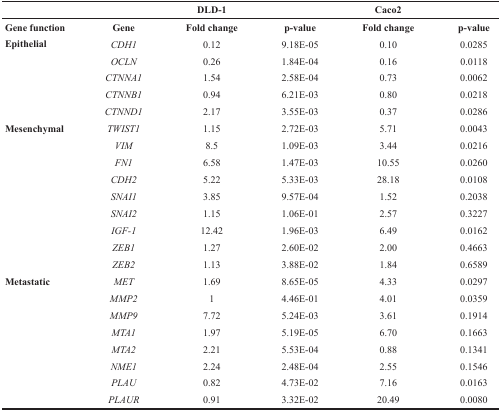
|  |  | DLD-1 |  | Caco2 |  |
 | --- | --- | --- | --- | --- | --- |
 | Gene function | Gene | Fold change | p-value | Fold change | p-value |
 | Epithelial | CDH1 | 0.12 | 9.18E-05 | 0.10 | 0.0285 |
 |  | OCLN | 0.26 | 1.84E-04 | 0.16 | 0.0118 |
 |  | CTNNA1 | 1.54 | 2.58E-04 | 0.73 | 0.0062 |
 |  | CTNNB1 | 0.94 | 6.21E-03 | 0.80 | 0.0218 |
 |  | CTNND1 | 2.17 | 3.55E-03 | 0.37 | 0.0286 |
 | Mesenchymal | TWIST1 | 1.15 | 2.72E-03 | 5.71 | 0.0043 |
 |  | VIM | 8.5 | 1.09E-03 | 3.44 | 0.0216 |
 |  | FN1 | 6.58 | 1.47E-03 | 10.55 | 0.0260 |
 |  | CDH2 | 5.22 | 5.33E-03 | 28.18 | 0.0108 |
 |  | SNAI1 | 3.85 | 9.57E-04 | 1.52 | 0.2038 |
 |  | SNAI2 | 1.15 | 1.06E-01 | 2.57 | 0.3227 |
 |  | IGF-1 | 12.42 | 1.96E-03 | 6.49 | 0.0162 |
 |  | ZEB1 | 1.27 | 2.60E-02 | 2.00 | 0.4663 |
 |  | ZEB2 | 1.13 | 3.88E-02 | 1.84 | 0.6589 |
 | Metastatic | MET | 1.69 | 8.65E-05 | 4.33 | 0.0297 |
 |  | MMP2 | 1 | 4.46E-01 | 4.01 | 0.0359 |
 |  | MMP9 | 7.72 | 5.24E-03 | 3.61 | 0.1914 |
 |  | MTA1 | 1.97 | 5.19E-05 | 6.70 | 0.1663 |
 |  | MTA2 | 2.21 | 5.53E-04 | 0.88 | 0.1341 |
 |  | NME1 | 2.24 | 2.48E-04 | 2.55 | 0.1546 |
 |  | PLAU | 0.82 | 4.73E-02 | 7.16 | 0.0163 |
 |  | PLAUR | 0.91 | 3.32E-02 | 20.49 | 0.0080 |